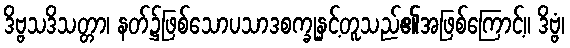
ဒိဗ္ဗသဒိသတ္တာ၊ နတ်၌ဖြစ်သောပသာဒစက္ခုနှင့်တူသည်၏အဖြစ်ကြောင့်။ ဒိဗ္ဗံ၊